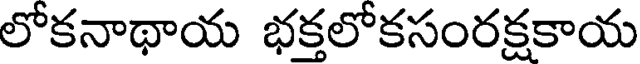
లోకనాథాయ భక్తలోకసంరక్షకాయ